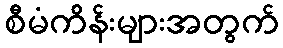
စီမံကိန်းများအတွက်